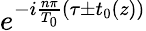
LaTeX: e^{-i\frac{n\pi}{T_{0}}(\tau\pm t_{0}(z))}